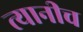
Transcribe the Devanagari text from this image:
त्यानीच